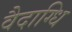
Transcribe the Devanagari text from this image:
वैदाग्धि